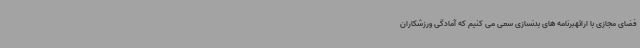
فضای مجازی با ارائهبرنامه های بدنسازی سعی می کنیم که آمادگی ورزشکاران